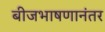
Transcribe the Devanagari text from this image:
बीजभाषणानंतर